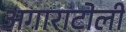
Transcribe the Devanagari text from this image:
अगाराटोली